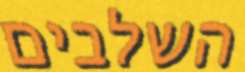
השלבים